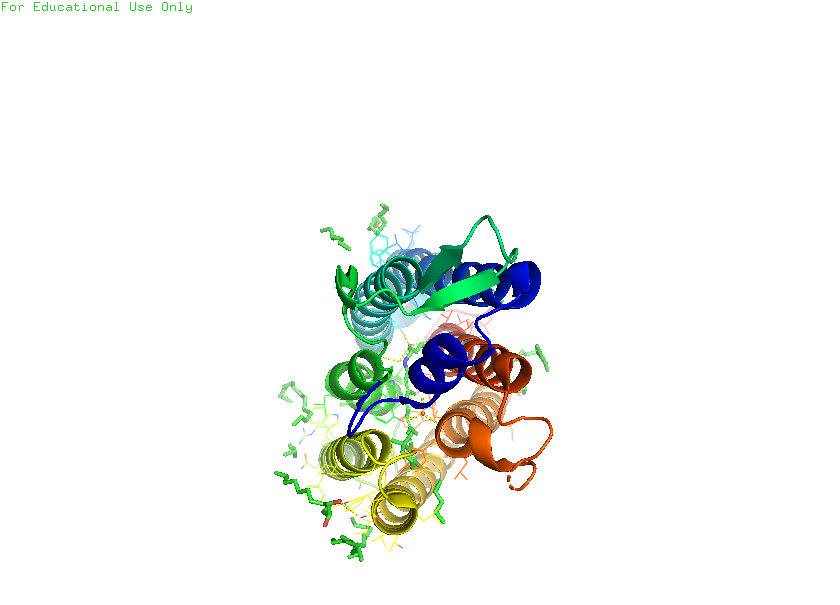
pymol, preset, ligand_cartoon